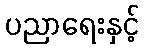
ပညာရေးနှင့်